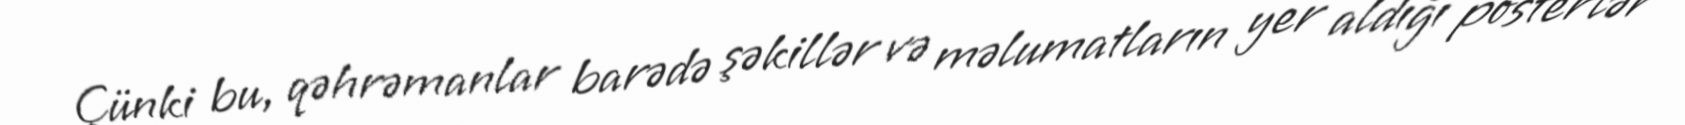
Çünki bu, qəhrəmanlar barədə şəkillər və məlumatların yer aldığı posterlər